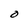
Character: O